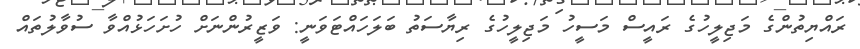
ރައްޔިތުންގެ މަޖިލީހުގެ ރައީސް މަސީހު މަޖިލީހުގެ ރިޔާސަތު ބަލަހައްޓަަވަނީ: ވަޒީރުންނަށް ހުށަހަޅުއްވާ ސުވާލުތައް